Indian journal of veterinary science and animal husbandry - Volumes 18-21, 1948-1951
Year: 1948
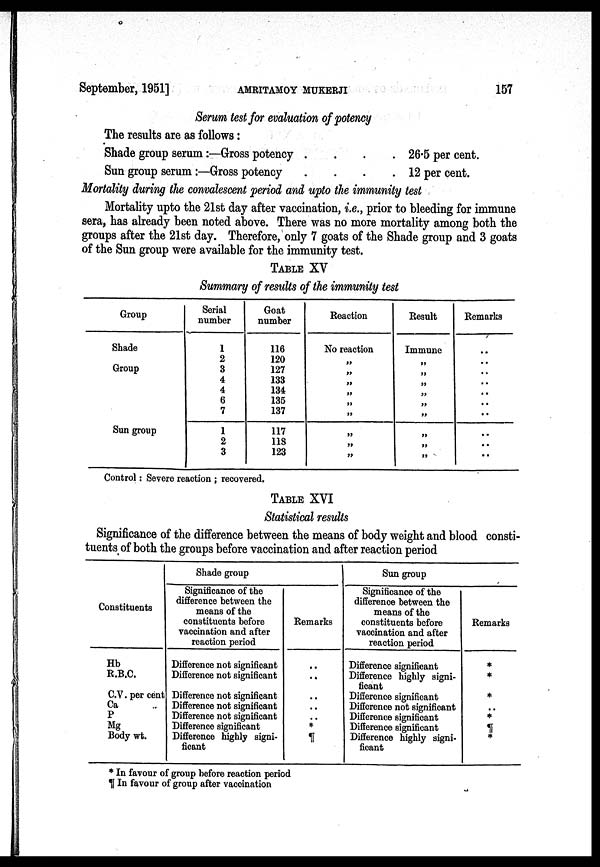
September, 1951]
AMRITAMOY
MUKHERJI
157
Serum test for evaluation of potency
The results are as follows:
Shade group serum:—Gross potency
....
Sun group serum:—Gross potency
....
26.5 per cent.
12 per cent.
Mortality during the convalescent period and upto the immunity test
Mortality upto the 21st day after vaccination, i.e., prior to bleeding for immune
sera, has already been noted above. There was no more mortality among both the
groups after the 21st day. Therefore, only 7 goats of the Shade group and 3 goats
of the Sun group were available for the immunity test.
TABLE XV
Summary of results of the immunity test
Group
Shade
Group
Sun group
Serial
number
1
2
3
4
4
6
7
1
2
3
Goat
number
116
120
127
133
134
135
137
117
118
123
Reaction
No reaction
„
„
„
„
„
„
„
„
„
Result
Immune
„
„
„
„
„
„
„
„
„
Remarks
..
..
..
..
..
..
..
..
..
Control: Severe reaction; recovered.
TABLE XVI
Statistical results
Significance of the difference between the means of body weight and blood consti-
tuents of both the groups before vaccination and after reaction period
Constituents
Hb
R.B.C.
C.V. per cent
Ca
P
Mg
Body wt.
Shade group
Significance of the
difference between the
means of the
constituents before
vaccination and after
reaction period
Difference not significant
Difference not significant
Difference not significant
Difference not significant
Difference not significant
Difference significant
Difference highly signi-
ficant
Remarks
..
..
..
*
*
¶
Sun group
Significance of the
difference between the
means of the
constituents before
vaccination and after
reaction period
Difference significant
Difference highly signi-
ficant
Difference significant
Difference not significant
Difference significant
Difference significant
Difference highly signi-
ficant
Remarks
*
*
*
..
*
¶
*
* In favour of group before reaction period
¶ In favour of group after vaccination